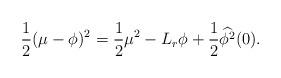
LaTeX: \begin{align*}\frac{1}{2}(\mu - \phi)^{2} = \frac{1}{2}\mu^{2} - L_r\phi+\frac{1}{2}\widehat{\phi^2}(0).\end{align*}